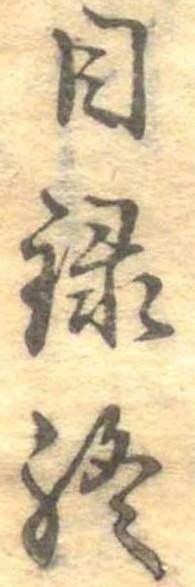
目録終